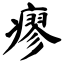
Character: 瘳